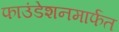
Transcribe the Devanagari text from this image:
फाउंडेशनमार्फत